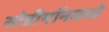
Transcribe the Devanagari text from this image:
स्टेडीयॉनमध्ये